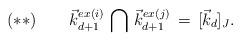
LaTeX: \begin{align*}(**)\,\,\,\,\,\,\,\,\,\,\,\, \vec k_{d+1}^{ex(i)} \, \bigcap \, \vec {k}_{d+1}^{ex(j)}\, =\,[\vec {k}_d]_J.\end{align*}